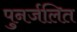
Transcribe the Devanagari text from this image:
पुनर्जलित